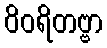
ဝိဝရိတဗ္ဗာ